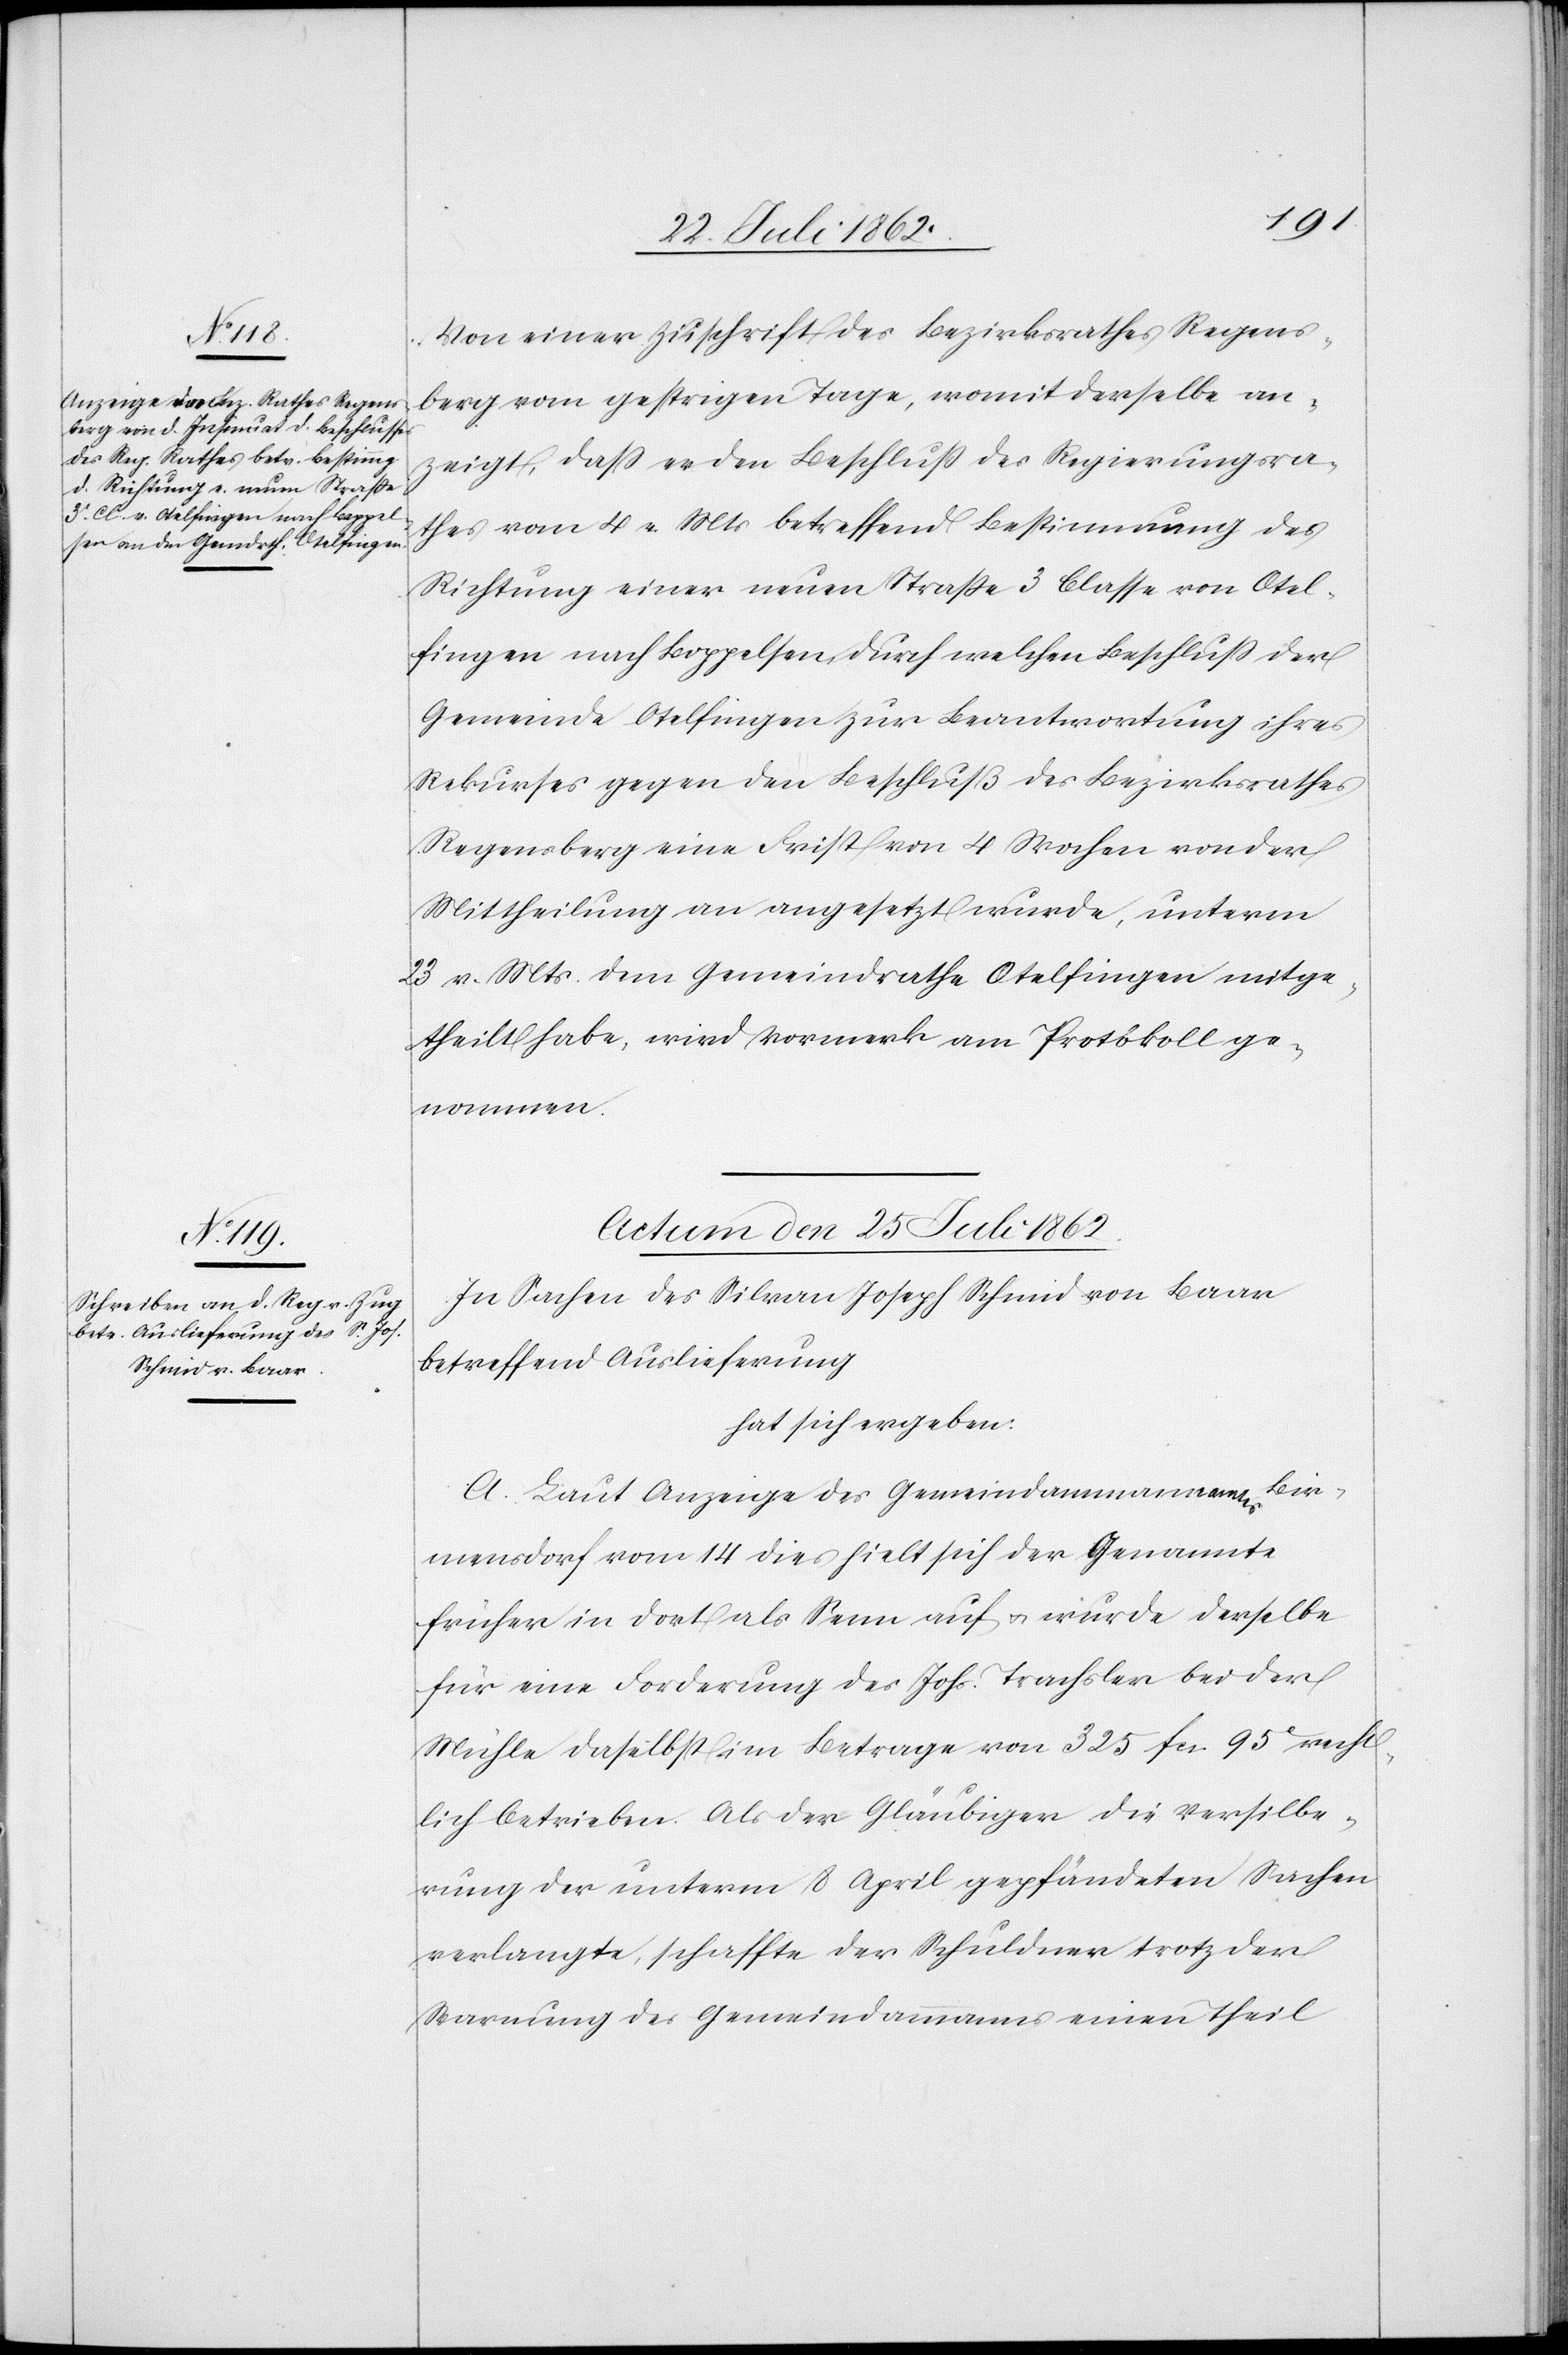
Von einer Zuschrift des Bezirksrathes Regens¬
berg vom gestrigen Tage, womit derselbe an¬
zeigt, daß er den Beschluß des Regierungsra¬
thes vom 4. v. Mts. betreffend Bestimmung der
Richtung einer neuen Straße 3. Classe von Otel¬
fingen nach Boppelsen, durch welchen Beschluß der
Gemeinde Otelfingen zur Beantwortung ihres
Rekurses gegen den Beschluß des Bezirksrathes
Regensberg eine Frist von 4 Wochen von der
Mittheilung an angesetzt wurde, unterm
23. v. Mts. dem Gemeindrathe Otelfingen mitge¬
theilt habe, wird Vormerk am Protokoll ge¬
nommen.
Actum den 25. Juli 1862.
In Sachen des Silvan Joseph Schmid von Baar
betreffend Auslieferung
hat sich ergeben:
A. Laut Anzeige des Gemeindammannamtes Bir¬
mensdorf vom 14. dies hielt sich der Genannte
früher in dort als Senn auf u. wurde derselbe
für eine Forderung des Johs. Trachsler bei der
Mühle daselbst im Betrage von 325 fcs. 95c recht¬
lich betrieben. Als der Gläubiger die Versilbe¬
rung der unterm 8. April gepfändeten Sachen
verlangte, schaffte der Schuldner trotz der
Warnung des Gemeindammanns einen Theil